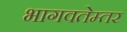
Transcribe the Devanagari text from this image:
भागवतेम्तर